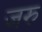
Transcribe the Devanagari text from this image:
जरु